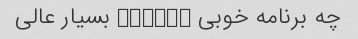
چه برنامه خوبى ������ بسيار عالى